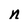
Character: n